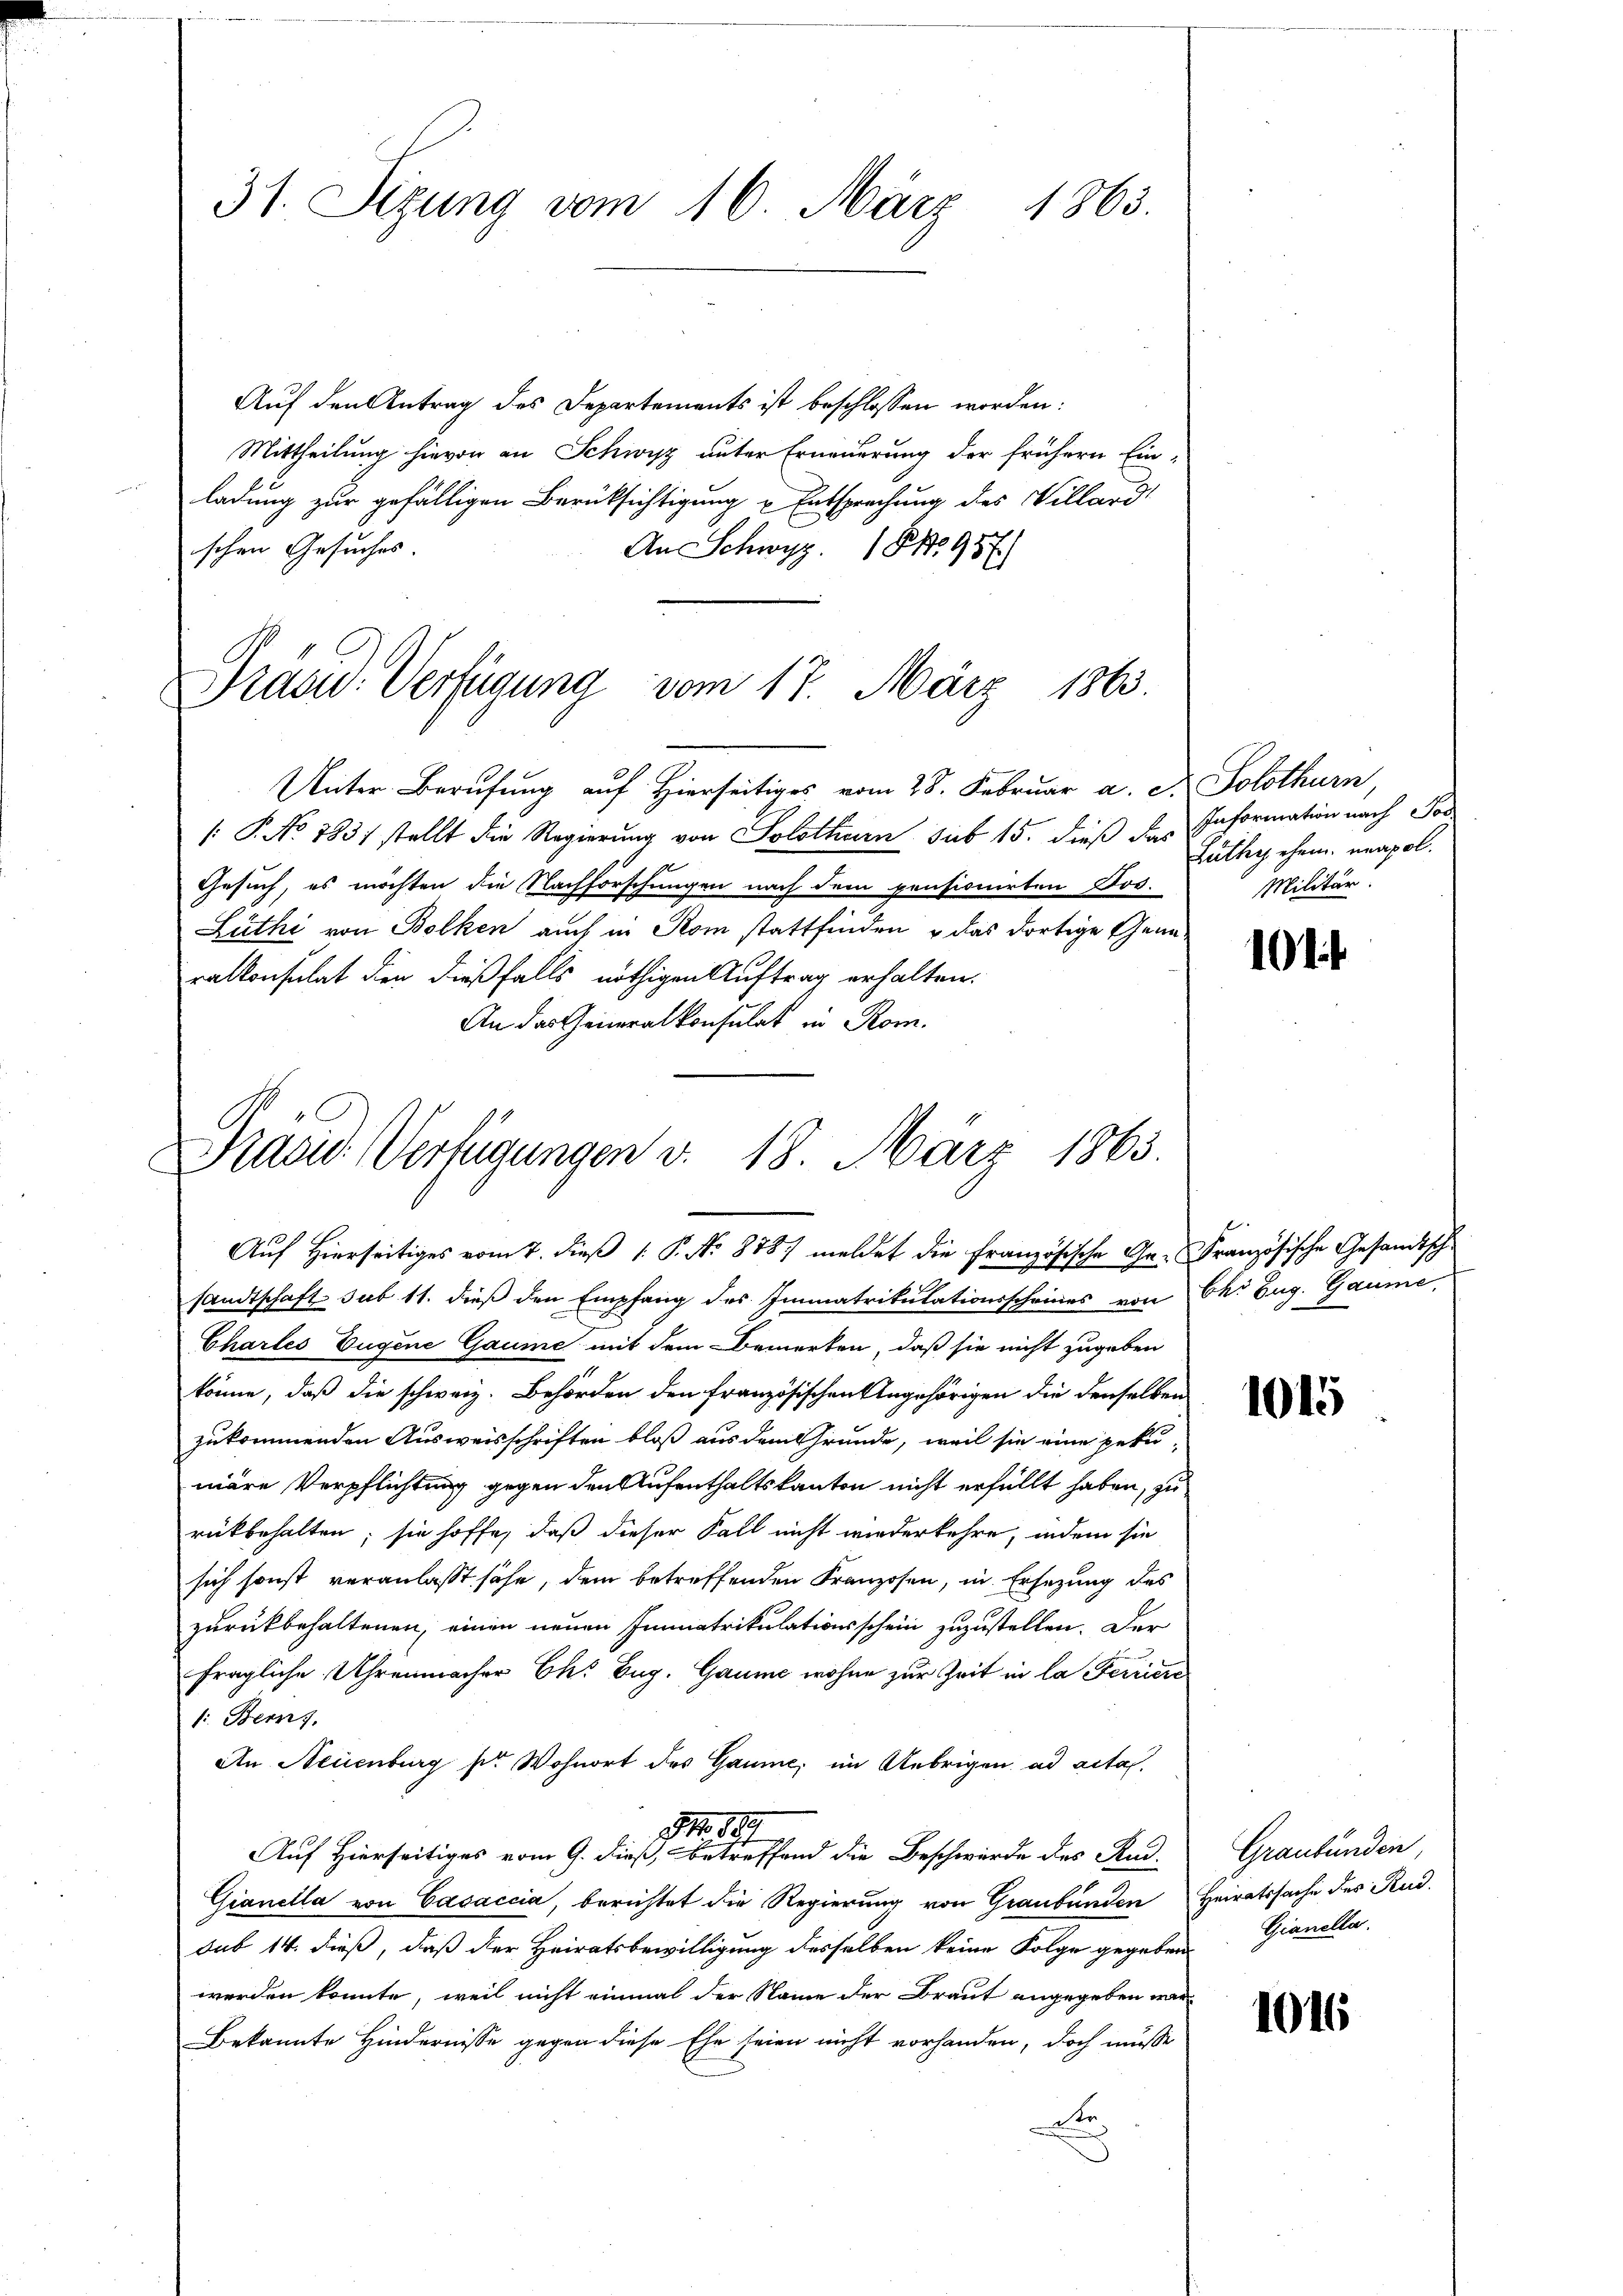
31. Sizung vom 16. März 1865.

Auf den Antrag des Departements ist beschlossen worden:
Mittheilung hievon an Schwisz unter Erneuerung der frühern Einladung zur gefälligen Berücksichtigung & Entsprechung des Villard
schen Gesuches.
An Schwyz. 18. No 957)

Prasid. Verfügung vom 17. März 1863.

Unter Berufung auf Hierseitiges vom 28. Februar a. c. Solothurn,
 P. No. 1831 stellt die Regierung von Solothurn sub 15. dieß das Information nach Tod
Gesuch, es möchten die Nachforschungen nach dem pensionirten Jos.
Luthi von Bolken auch in Rom stattfinden & das dortige Generalkonsulat den dießfalls nöthigen Auftrag erhalten.
An das Generalkonsulat in Rom.

Präsid. Verfügungen v. 18. März 1863.
Auf Hierseitiges vom 7. dieß [ P. No 878) meldet die Französische Ge-Französische Gesandtsch

sandtschaft sub 11. dieß den Empfang des Immatrikulationsscheines von Ch. Zug. Gaume,
Chartes Eugene Gaume mit dem Bemerken, daß sie nicht zugeben
könne, daß die schweiz. Behörden den französischen Angehörigen die denselben
zukommenden Ausweisschriften bloß aus dem Grunde, weil sie eine peku-
märe Verpflichtung gegen den Aufenthaltskanton nicht erfüllt haben, zu
rückbehalten; sie hoffe, daß dieser Fall nicht wiederkehre, indem sie
sich sonst veranlasst sähe, dem betreffenden Franzosen, in Ersezung des
zurückbehaltenen, einen neuen Immatrikulationsschein zuzustellen. Der
fragliche Uhrenmacher Ch. Zug. Gaume wohne zur Zeit in la Feirici
1: Bern,
An Neuenburg pr. Wohnort des Gaume, im Uebrigen ad acta.
Nr. 189
Auf Hierseitiges vom 9. dieß, betreffend die Beschwürde des Rud.
Gianella von Casaccia, berichtet die Regierung von Graubünden Heiratssache des Rud.
sub 14. dieß, daß der Heiratsbewilligung desselben keine Folge gegeben
werden könnte, weil nicht einmal der Name der Braut angegeben war¬
Bekannte Hindernisse gegen diese Ehe seien nicht vorhanden, doch müsse
te

Lüthy ehem neapol.
Militär.

101

1015

Graubünden,
Gianella.

1016